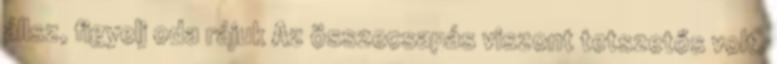
állsz, figyelj oda rájuk Az összecsapás viszont tetszetős volt.